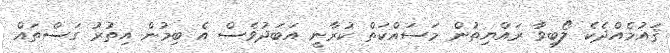
ޤައުމެއްދެކެ ލޯބިވާ ރައްޔިތުން މަސައްކަތް ކުރާނީ އަބަދުވެސް އެ ބިމުން އިތުރު ގަސްތައް